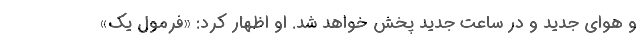
و هوای جدید و در ساعت جدید پخش خواهد شد. او اظهار کرد: «فرمول یک»